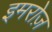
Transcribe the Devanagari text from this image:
इमरोज़